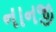
નાનજી